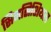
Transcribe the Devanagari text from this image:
सिनसिशियल